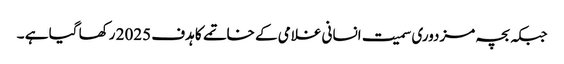
جبکہ بچہ مزدوری سمیت انسانی غلامی کے خاتمے کا ہدف 2025 رکھا گیا ہے ۔